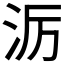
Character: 𪵱